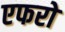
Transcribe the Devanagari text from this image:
एफरो